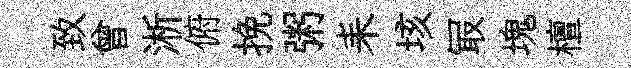
致曾淅俯挽粥耒垓冣塊檀